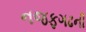
નજફગઢની